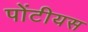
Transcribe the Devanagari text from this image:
पोंटीयस